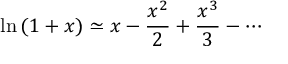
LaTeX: \ln \left( 1 + x \right) \simeq x - { \frac { x ^ { 2 } } { 2 } } + { \frac { x ^ { 3 } } { 3 } } - \cdots